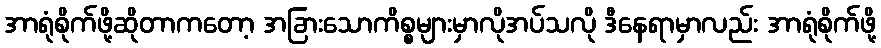
အာရုံစိုက်ဖို့ဆိုတာကတော့ အခြားသောကိစ္စများမှာလိုအပ်သလို ဒီနေရာမှာလည်း အာရုံစိုက်ဖို့